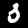
Label: 3